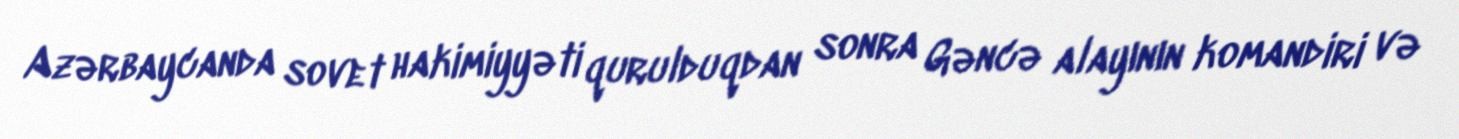
Azərbaycanda sovet hakimiyyəti qurulduqdan sonra Gəncə alayının komandiri və